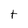
Character: t